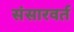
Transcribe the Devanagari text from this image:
संसारवर्त